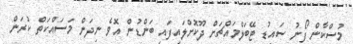
މުސްކާން ފޯނު ސައިޑު ޓޭބަލްމައްޗަށް ދޫކޮށްލައިފައި ބަންޑުން އޮވެ ނިދަން މަސައްކަތް ކުރަން